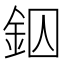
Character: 𨥱